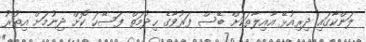
ލަންކާގައި ދިރިއުޅޭ އާއިލާތަކަށް ބޭސް ފަރުވާގެ ހިދުމަތް ފަސޭހަ ކޮށް ދިނުމަށް އިތުރު